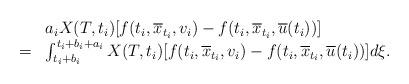
LaTeX: \begin{align*}\begin{array}{cl}\null & a_i X(T,t_i) [f(t_i, \overline{x}_{t_i}, v_i) - f(t_i, \overline{x}_{t_i},\overline{u}(t_i))]\\ =& \int_{t_i + b_i}^{t_i + b_i + a_i}X(T,t_i)[f(t_i, \overline{x}_{t_i}, v_i) - f(t_i, \overline{x}_{t_i},\overline{u}(t_i))]d \xi.\end{array}\end{align*}